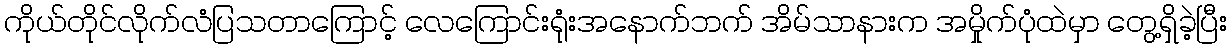
ကိုယ်တိုင်လိုက်လံပြသတာကြောင့် လေကြောင်းရုံးအနောက်ဘက် အိမ်သာနားက အမှိုက်ပုံထဲမှာ တွေ့ရှိခဲ့ပြီး